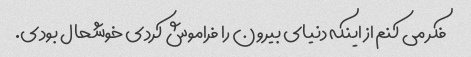
فکر می کنم از اینکه دنیای بیرون را فراموش کردی خوشحال بودی.